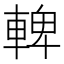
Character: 䡟